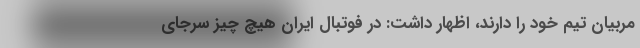
مربیان تیم خود را دارند، اظهار داشت:‌ در فوتبال ایران هیچ چیز سرجای